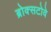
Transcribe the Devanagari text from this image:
ब्रोक्सटोवे